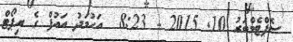
ސެޕްޓެމްބަރު 10